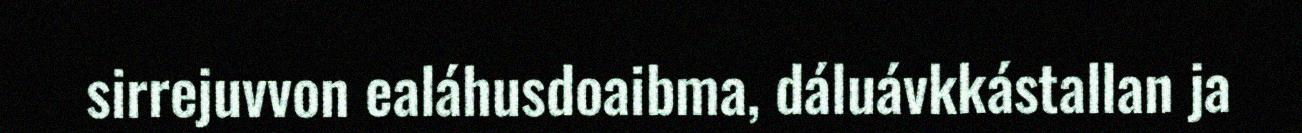
sirrejuvvon ealáhusdoaibma, dáluávkkástallan ja